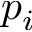
p _ { i }